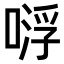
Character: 𠸷